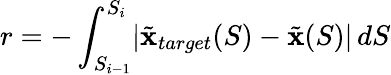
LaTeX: r=-\int_{S_{i-1}}^{S_{i}}\lvert\tilde{\mathbf{x}}_{target}(S)-\tilde{\mathbf{x}}(S)\rvert\, dS